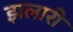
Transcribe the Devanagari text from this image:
झलारी